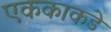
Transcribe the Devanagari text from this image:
एककाकडे